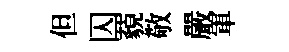
但囚藐敬嚴軍